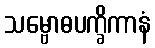
သမ္ဗောဓပက္ခိကာနံ